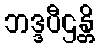
ဘဒ္ဒပီဌန္တိ